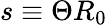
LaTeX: s\equiv\Theta R_{0}